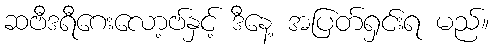
ဆဗီဒရီဂေးလော့ဗ်နှင့် ဒီနေ့ အပြတ်ရှင်းရ မည်။